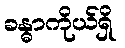
ခန္ဓာကိုယ်ရှိ